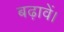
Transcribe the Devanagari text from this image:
बढ़ावें।